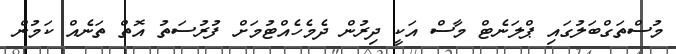
މުސްތަގްބަލުގައި ޕްލަނެޓް މާސް އަކީ ދިރުން ދެމެހެއްޓުމަށް ފުރުސަތު އޮތް ތަނެއް ކަމުން